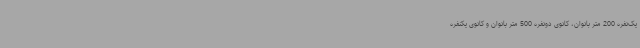
یک‌نفره 200 متر بانوان، کانوی دونفره 500 متر بانوان و کانوی یکنفره